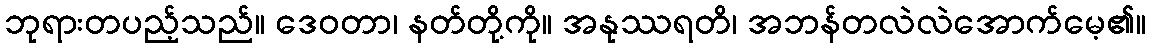
ဘုရားတပည့်သည်။ ဒေဝတာ၊ နတ်တို့ကို။ အနုဿရတိ၊ အဘန်တလဲလဲအောက်မေ့၏။